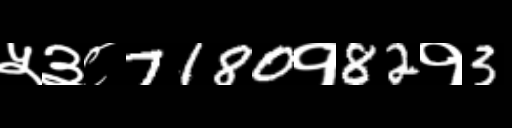
Text: ५३८7180१82१3